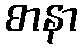
စာနာ